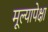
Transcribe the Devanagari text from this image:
मूल्यापेक्षा